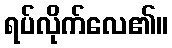
ရပ်လိုက်လေ၏။